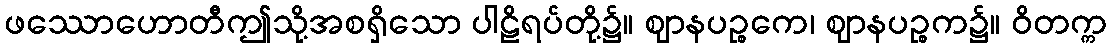
ဖဿောဟောတီဤသို့အစရှိသော ပါဠိရပ်တို့၌။ ဈာနပဉ္စကေ၊ ဈာနပဉ္စက၌။ ဝိတက္က